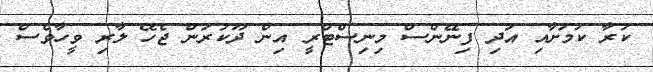
ކުރާ ކަމަށާއި އަދި ފިނޭންސް މިނިސްޓްރީ އިން ދޫކުރަން ޖެހޭ ލާރި ވީހާވެސް